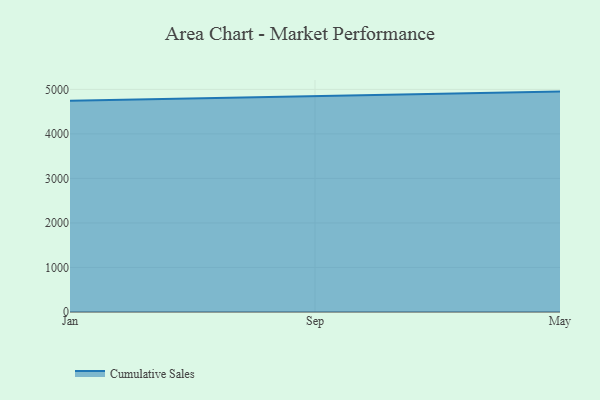
{"axis": {"x": "Month", "y": "Production Output"}, "legend": ["Cumulative Sales"], "data": [{"x": "Jan", "y": 4745.9, "type": "Cumulative Sales"}, {"x": "Sep", "y": 4841.7, "type": "Cumulative Sales"}, {"x": "May", "y": 4950.1, "type": "Cumulative Sales"}]}